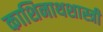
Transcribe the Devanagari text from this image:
काशिनाथशास्त्री